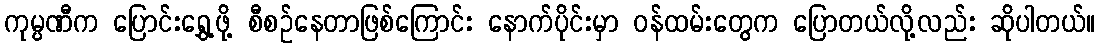
ကုမ္ပဏီက ပြောင်းရွှေ့ဖို့ စီစဉ်နေတာဖြစ်ကြောင်း နောက်ပိုင်းမှာ ဝန်ထမ်းတွေက ပြောတယ်လို့လည်း ဆိုပါတယ်။